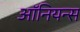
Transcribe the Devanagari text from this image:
ऑनियन्स